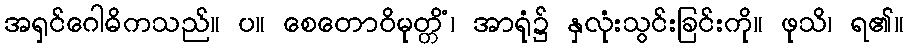
အရှင်ဂေါဓိကသည်။ ပ။ စေတောဝိမုတ္တိံ၊ အာရုံ၌ နှလုံးသွင်းခြင်းကို။ ဖုသိ၊ ရ၏။